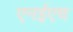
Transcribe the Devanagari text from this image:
एनईएच